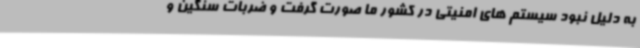
به دلیل نبود سیستم های امنیتی در کشور ما صورت گرفت و ضربات سنگین و